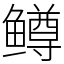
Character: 鳟